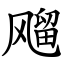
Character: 飗